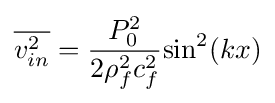
{\overline {v_{in}^{2}}}={{P_{0}^{2}} \over {2\rho _{f}^{2}c_{f}^{2}}}{\sin ^{2}}(kx)